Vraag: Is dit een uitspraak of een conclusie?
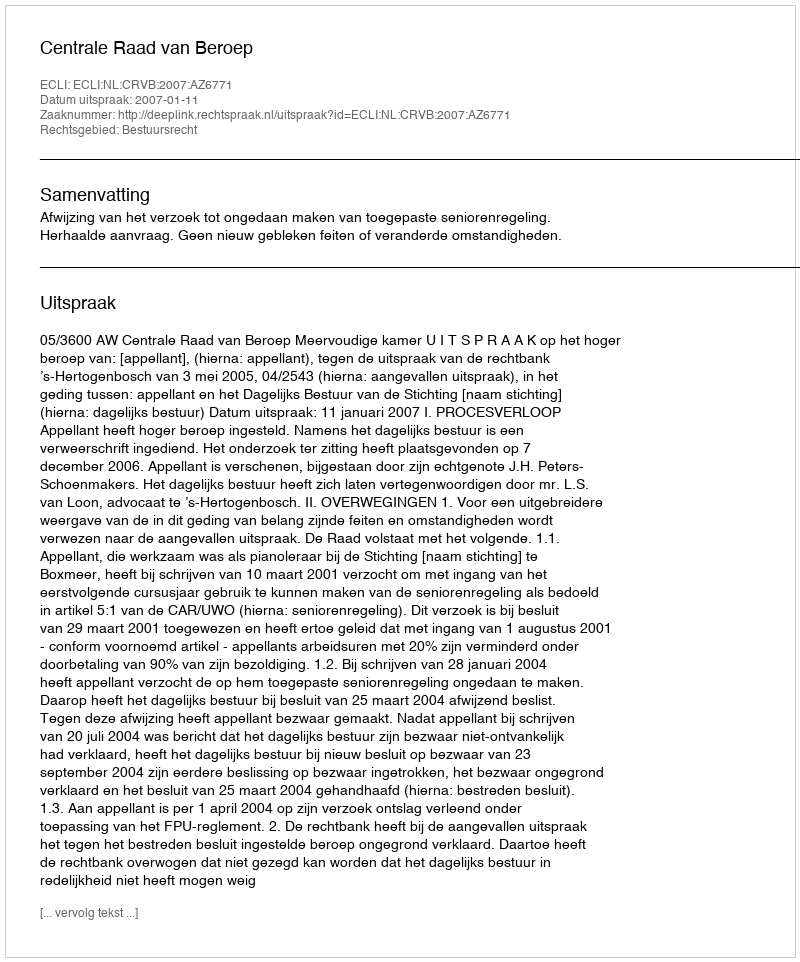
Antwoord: Uitspraak